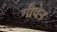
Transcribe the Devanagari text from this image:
गीवेन